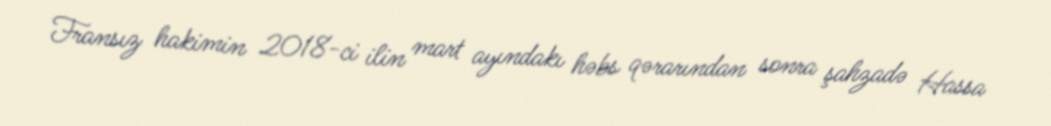
Fransız hakimin 2018-ci ilin mart ayındakı həbs qərarından sonra şahzadə Hassa